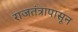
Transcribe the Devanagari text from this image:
राजतंत्रापासून